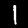
Label: 1